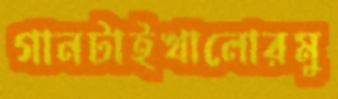
গানটাইখালোরমু